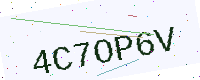
Text: 4C7OP6V